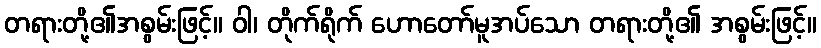
တရားတို့၏အစွမ်းဖြင့်။ ဝါ၊ တိုက်ရိုက် ဟောတော်မူအပ်သော တရားတို့၏ အစွမ်းဖြင့်။